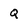
Character: Q